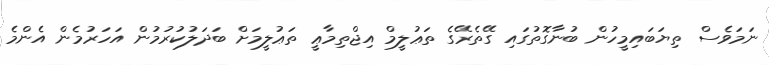
ނަމަވެސް ތިޔަބައިމީހުން ބުނާގޮތުގައި ގޭތެރޭގެ ތަޢުލީމް އިޖްތިމާޢީ ތަޢުލީމަށް ބަދަލުކުރުމުން އަހަރުމެން އެންމެ